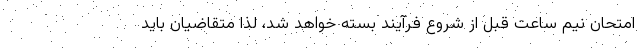
امتحان نیم­ ساعت قبل از شروع فرآیند بسته خواهد شد، لذا متقاضیان باید